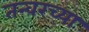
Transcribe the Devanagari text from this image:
तन्वरच्या